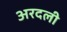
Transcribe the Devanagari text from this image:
अरदली